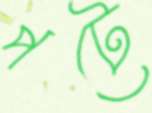
পটে